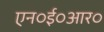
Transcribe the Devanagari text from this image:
एन०ई०आर०